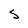
Character: S